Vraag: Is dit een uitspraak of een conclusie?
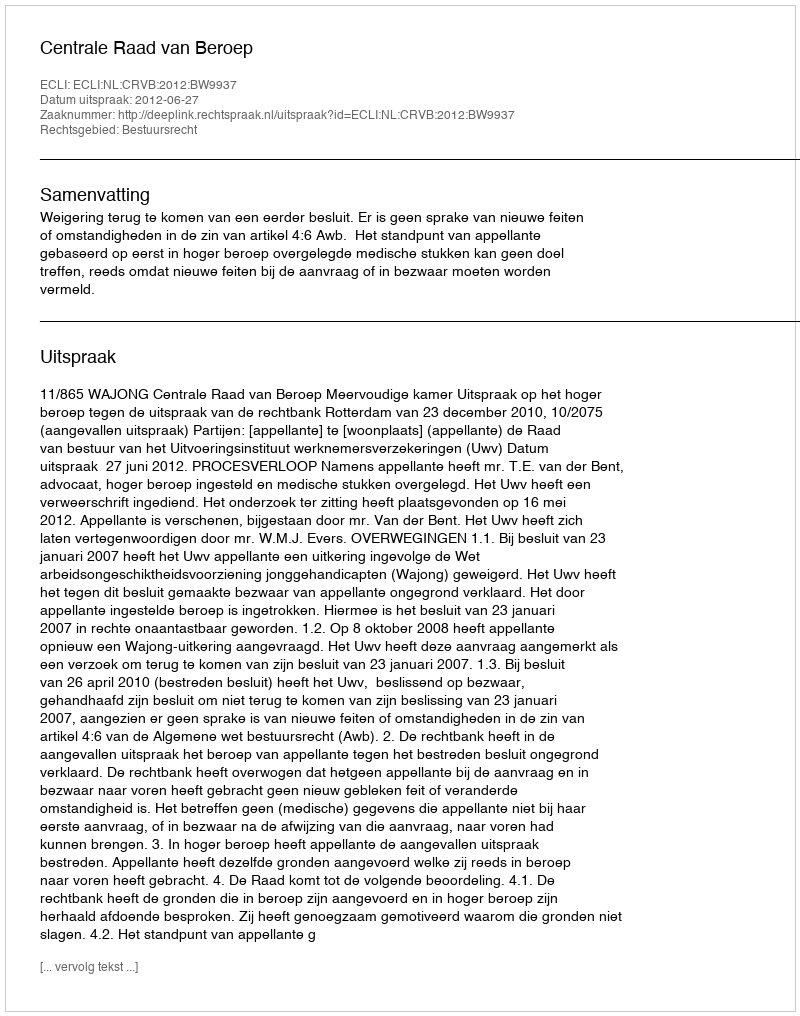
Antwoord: Uitspraak